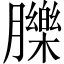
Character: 䑈